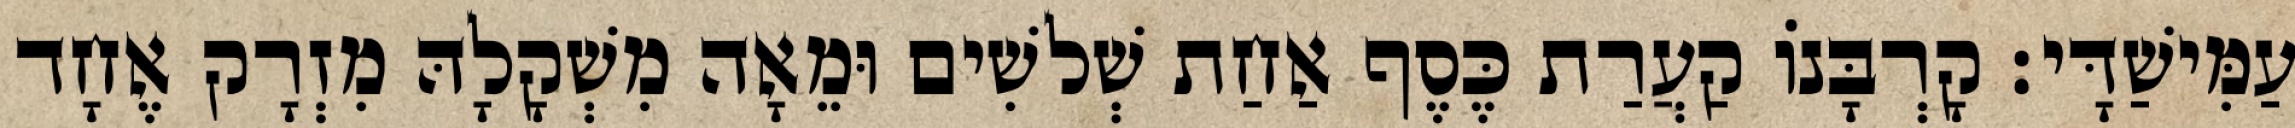
עַמִּישַׁדָּי׃ קָרְבָּנוֹ קַעֲרַת כֶּסֶף אַחַת שְׁלשִׁים וּמֵאָה מִשְׁקָלָהּ מִזְרָק אֶחָד